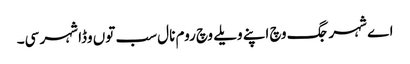
اے شہر جگ وچ اپنے ویلے وچ روم نال سب توں وڈا شہر سی۔